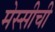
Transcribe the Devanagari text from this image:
मेस्सीची